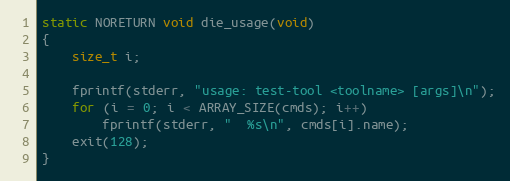
Language: C
static NORETURN void die_usage(void)
{
	size_t i;

	fprintf(stderr, "usage: test-tool <toolname> [args]\n");
	for (i = 0; i < ARRAY_SIZE(cmds); i++)
		fprintf(stderr, "  %s\n", cmds[i].name);
	exit(128);
}